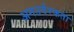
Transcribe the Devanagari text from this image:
अनउर्वरकता